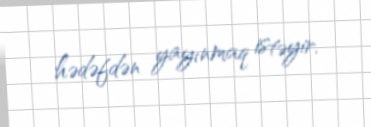
hədəfdən yayınmaq istəyir.